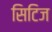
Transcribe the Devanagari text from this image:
सिटिज